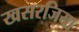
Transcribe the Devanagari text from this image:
खसरजिया